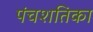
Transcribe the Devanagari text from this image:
पंचशतिका